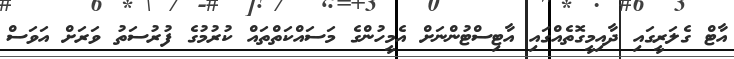
އާޓް ގެލަރީގައި ދާއިމީގޮތެއްގައި އާޓިސްޓުންނަށް އެމީހުންގެ މަސައްކަތްތައް ކުރުމުގެ ފުރުސަތު ވަރަށް އަވަސް